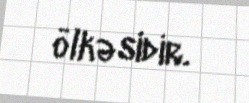
ölkəsidir.